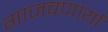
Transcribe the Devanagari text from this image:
गाजवणार्या